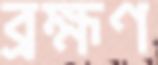
ব্রহ্মণ